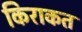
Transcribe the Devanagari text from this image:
किराकत